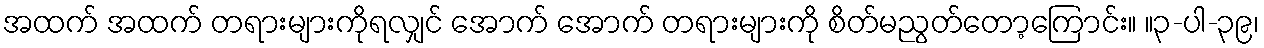
အထက် အထက် တရားများကိုရလျှင် အောက် အောက် တရားများကို စိတ်မညွတ်တော့ကြောင်း။ ။၃-ပါ-၃၉၊